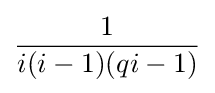
{\frac {1}{i(i-1)(qi-1)}}